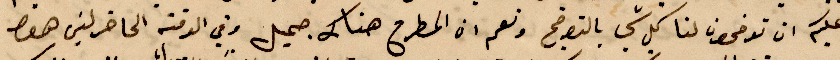
وعليكم ان توضحون لنا كل شي بالتوضيح ونعم ان المطرح هناك جميل وفي الوقت الحاضر ليس هنا